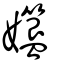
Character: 孂